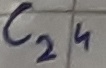
Text: C24